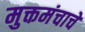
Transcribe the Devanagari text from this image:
मुक्तमंचाचे